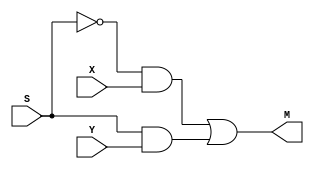

// [../B_1xMUX2to1.v]
module B_1xMUX2to1(
	input S, X, Y,
	output M
);
	assign M = ((~S & X) | (S & Y));
endmodule

// [../B_4xMUX2to1.v]
module B_4xMUX2to1(
	input S,
	input [3:0]numA, numB,
	output [3:0]M
);
	B_1xMUX2to1 m3(S, numA[3], numB[3], M[3]);
	B_1xMUX2to1 m2(S, numA[2], numB[2], M[2]);
	B_1xMUX2to1 m1(S, numA[1], numB[1], M[1]);
	B_1xMUX2to1 m0(S, numA[0], numB[0], M[0]);
endmodule

// A Generalized 2x1 MUX
// Instantiation: mux2x1 #(width) name(.M(), .X(), .Y(), .Sel());
module mux2x1 #(parameter dataW=8)(
    output reg [(dataW-1):0]M,
    input  [(dataW-1):0]X,
    input  [(dataW-1):0]Y,
    input  Sel
);
    always@(*) begin
        if (Sel) begin
            M = Y;
        end
        else begin
            M = X;
        end
    end
endmodule